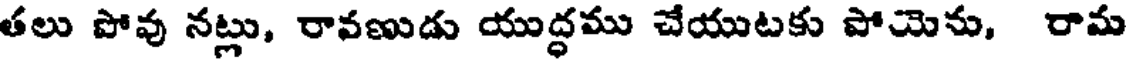
తలు పోవు నట్లు, రావణుడు యుద్ధము చేయుటకు పోయెను, రామ